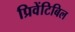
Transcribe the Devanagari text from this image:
प्रिवेंटिबिल